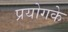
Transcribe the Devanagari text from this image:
प्रयोगके